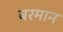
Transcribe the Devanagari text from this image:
बरमान